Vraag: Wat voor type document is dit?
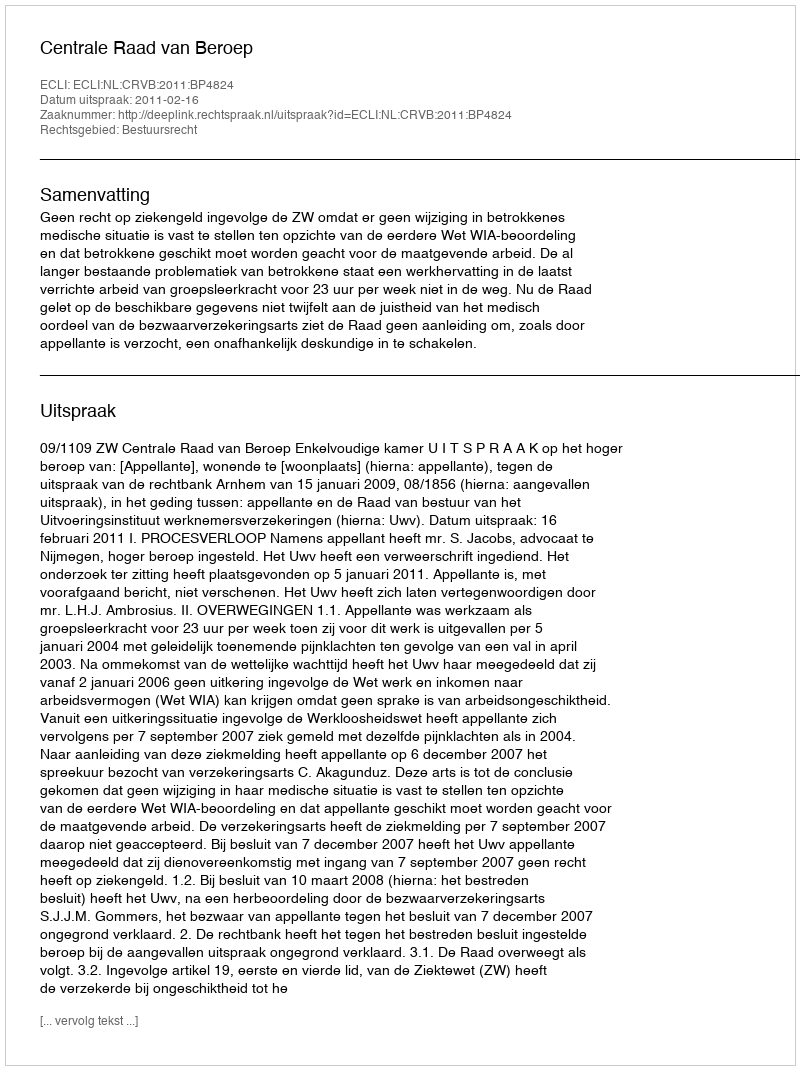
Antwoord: Uitspraak